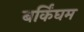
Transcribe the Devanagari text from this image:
बर्किंघम